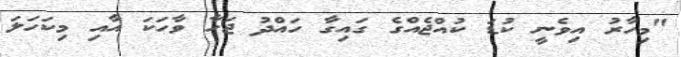
"މިހާރު އިވެނީ ކުޑަ ކުއްޖެއްގެ ގައިގާ ހައްދު ޖަހާ ވާހަކަ އާއި މިކަހަލަ